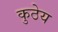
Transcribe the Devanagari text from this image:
कुठेय